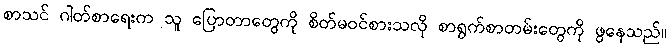
စာသင် ဂါတ်စာရေးက သူ ပြောတာတွေကို စိတ်မဝင်စားသလို စာရွက်စာတမ်းတွေကို ဖွနေသည်။